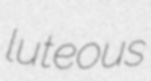
luteous